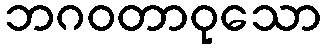
ဘဂဝတာဝုသော